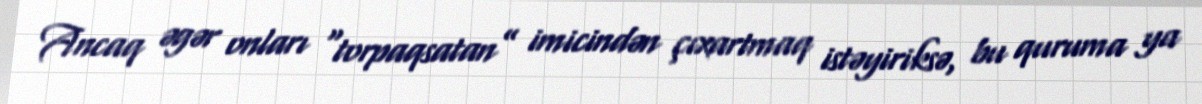
Ancaq əgər onları “torpaqsatan” imicindən çıxartmaq istəyiriksə, bu quruma ya